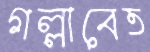
গল্লাবেত